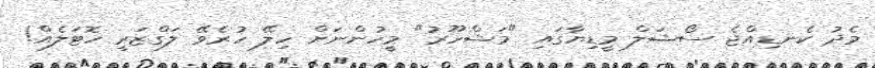
މެދު ކެނޑިއްޖެ ސޯޝަލް މީޑިޔާގައި "މަޝްހޫރު" މީހުންނަށް ހިލޭ ހުރެވޭ ލަގްޒަރީ ހޮޓަލެއް!